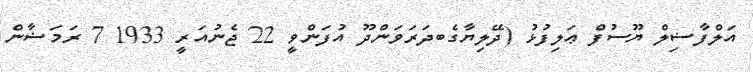
އަލްފާޟިލް ޔޫސުފް ޢަލިފުޅު (ދޭލިޔާގެބދަރަވަންދޫ އުފަންވީ 22 ޖެނުއަރީ 1933 7 ރަމަޟާން